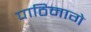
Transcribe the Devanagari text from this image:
पाठिमागे